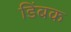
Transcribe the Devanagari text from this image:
डिंबक